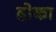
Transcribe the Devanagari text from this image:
ढाेका